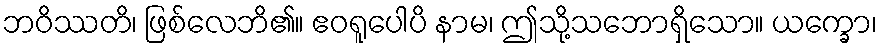
ဘဝိဿတိ၊ ဖြစ်လေဘိ၏။ ဧဝရူပေါပိ နာမ၊ ဤသို့သဘောရှိသော။ ယက္ခော၊